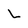
Character: L